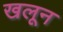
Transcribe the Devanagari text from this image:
खलून